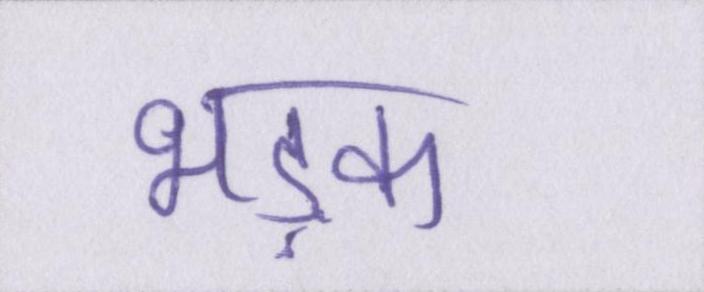
भड़क